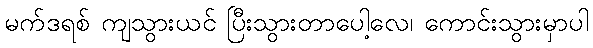
မက်ဒရစ် ကျသွားယင် ပြီးသွားတာပေါ့လေ၊ ကောင်းသွားမှာပါ